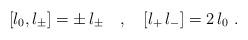
LaTeX: \begin{align*}\left [ l_0 , l_\pm \right ] = \pm \, l_\pm \quad , \quad \left [ l_+ \, l_- \right ] = 2 \, l_0~.\end{align*}